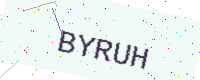
Text: BYRUH